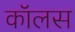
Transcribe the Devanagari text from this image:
कॉलस